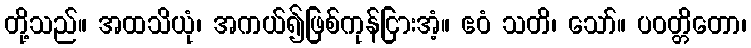
တို့သည်။ အထသိယုံ၊ အကယ်၍ဖြစ်ကုန်ငြားအံ့။ ဧဝံ သတိ၊ သော်။ ပဝတ္တိတော၊